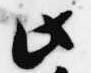
此